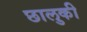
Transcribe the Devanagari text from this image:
छालुकी